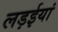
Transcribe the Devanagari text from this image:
लड़ईयां